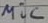
Text: mic